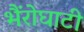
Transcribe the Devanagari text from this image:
भैंरोघाटी